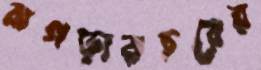
ঝগড়ারচরের